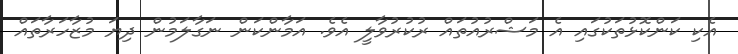
އެކި ކަންކޮޅުތަކުގައި އެ މަޝްރުއުތައް ރުކުރުވާލީ އެވެ. އަމާންކަން ނަގާލަމުން ދިޔަ މުޒާހަރާތައް